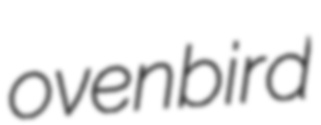
ovenbird